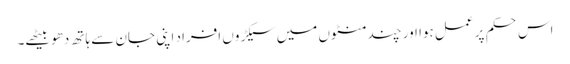
اس حکم پر عمل ہوا اور چند منٹوں میں سیکڑوں افراد اپنی جان سے ہاتھ دھو بیٹھے۔